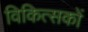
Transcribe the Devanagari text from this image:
विकित्सकों